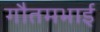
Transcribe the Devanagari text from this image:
गौतमभाई